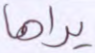
يراها